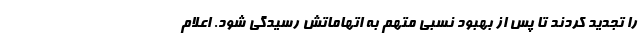
را تجدید کردند تا پس از بهبود نسبی متهم به اتهاماتش رسیدگی شود. اعلام